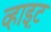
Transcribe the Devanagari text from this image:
व्हाइ़ट